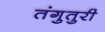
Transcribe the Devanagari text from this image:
तंगुतुरी